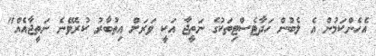
އެހެންކަމުން އެ ލެބުން ހަދާޓެސްޓިތަކުގެ ނަތީޖާ އަކީ ވަރަށް އިތުބާރު ކުރެވޭނެ ނަތީޖާއެއް"